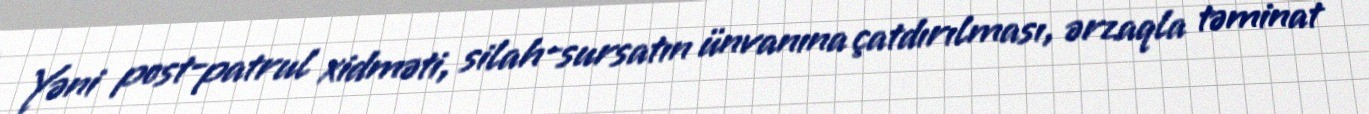
Yəni post-patrul xidməti, silah-sursatın ünvanına çatdırılması, ərzaqla təminat